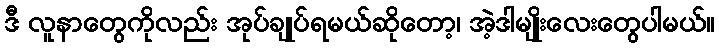
ဒီ လူနာတွေကိုလည်း အုပ်ချုပ်ရမယ်ဆိုတော့၊ အဲ့ဒါမျိုးလေးတွေပါမယ်။